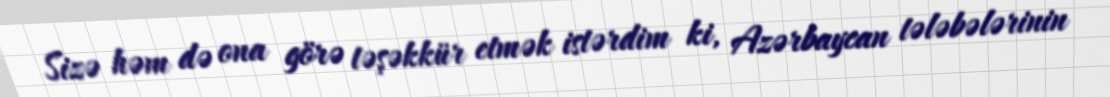
Sizə həm də ona görə təşəkkür etmək istərdim ki, Azərbaycan tələbələrinin